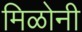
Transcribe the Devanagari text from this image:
मिळोनी